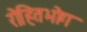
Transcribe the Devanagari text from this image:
रोहितभोग